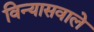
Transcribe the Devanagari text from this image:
विन्यासवाले